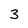
Character: 3